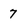
Character: 7